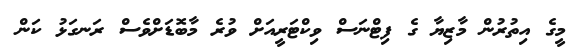
މީގެ އިތުރުން މާޒިޔާ ގެ ފިޓްނަސް ވިކްޓަރީއަށް ވުރެ މާބޮޑަށްވެސް ރަނގަޅު ކަން